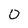
Character: 0